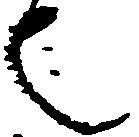
也